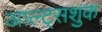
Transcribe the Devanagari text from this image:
आल्ट्सशुक